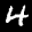
Label: 4